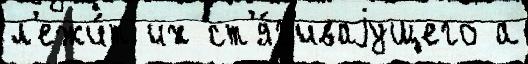
л'ежи́т их ст'я́г'иваjущего а